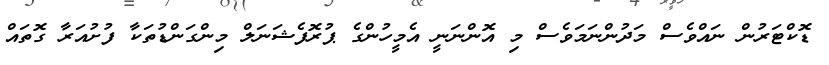
ޑޮކްޓަރުން ނައްވެސް މަދުންނަމަވެސް މި އޮންނަނީ އެމީހުންގެ ޕުރޮފެޝަނަލް މިންގަންޑުތަކާ ފުށުއަރާ ގޮތައް